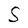
Character: S